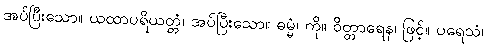
အပ်ပြီးသော။ ယထာပရိယတ္တံ၊ အပ်ပြီးသော။ ဓမ္မံ၊ ကို။ ဝိတ္တာရေန၊ ဖြင့်။ ပရေသံ၊